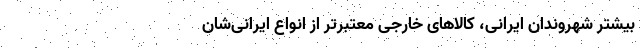
بیشتر شهروندان ایرانی، کالاهای خارجی معتبرتر از انواع ایرانی‌شان